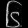
Digit: ၆